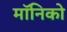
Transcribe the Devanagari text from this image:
मॉनिको